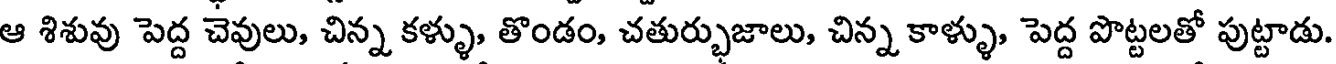
ఆ శిశువు పెద్ద చెవులు, చిన్న కళ్ళు, తొండం, చతుర్భుజాలు, చిన్న కాళ్ళు, పెద్ద పొట్టలతో పుట్టాడు.